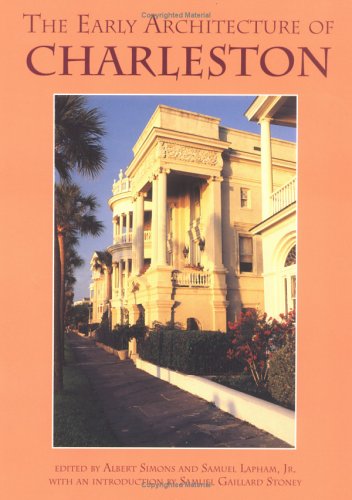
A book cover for The Early Architecture of Charleston; Albert Simons; Travel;